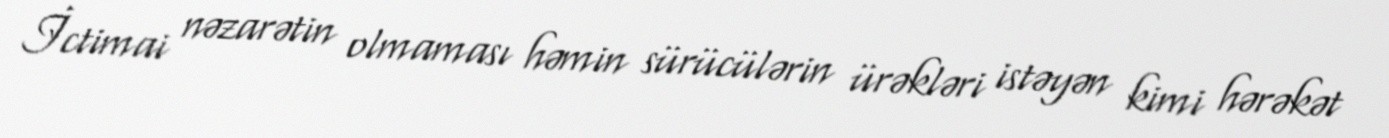
İctimai nəzarətin olmaması həmin sürücülərin ürəkləri istəyən kimi hərəkət